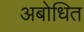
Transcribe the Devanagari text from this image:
अबोधित